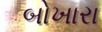
બોખારા